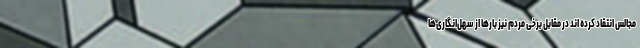
مجالس انتقاد کرده اند در مقابل برخی مردم نیز بارها از سهل‌انگاری‌ها